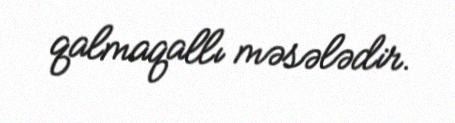
qalmaqallı məsələdir.